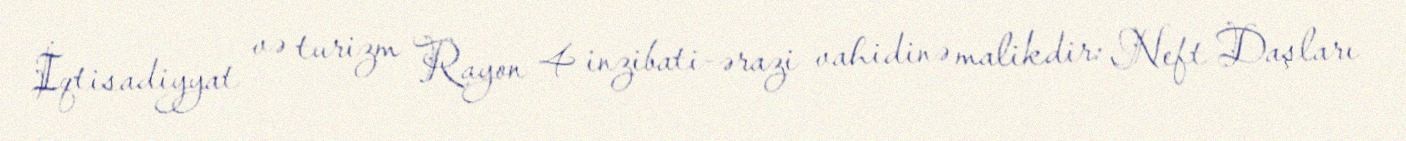
İqtisadiyyat və turizm Rayon 4 inzibati-ərazi vahidinə malikdir: Neft Daşları